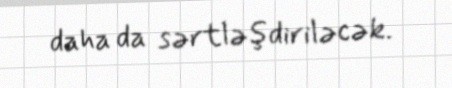
daha da sərtləşdiriləcək.